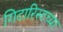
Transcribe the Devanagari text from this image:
गिटारिस्टच्या